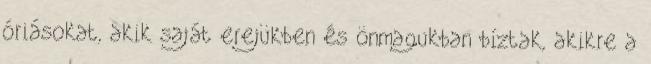
óriásokat, akik saját erejükben és önmagukban bíztak, akikre a